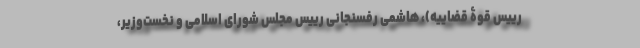
رییس قوۀ قضاییه)، هاشمی رفسنجانی رییس مجلس شورای اسلامی و نخست‌وزیر،